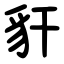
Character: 豻